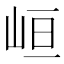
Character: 峘